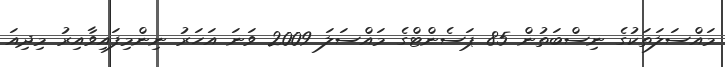
މައްސަލަތަކުގެ ނިސްބަތުން 85 ޕަސެންޓްގެ މައްސަލަ 2009 ވަނަ އަހަރު ނިންމިފައިވާއިރު މިދިއަ